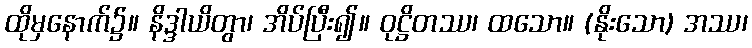
ထိုမှနောက်၌။ နိဒ္ဒါယိတွာ၊ အိပ်ပြီး၍။ ဝုဋ္ဌိတဿ၊ ထသော။ (နိုးသော) အဿ၊